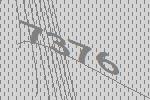
7376